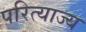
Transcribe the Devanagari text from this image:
परित्याज्य